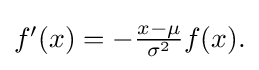
{\textstyle f'(x)=-{\frac {x-\mu }{\sigma ^{2}}}f(x).}